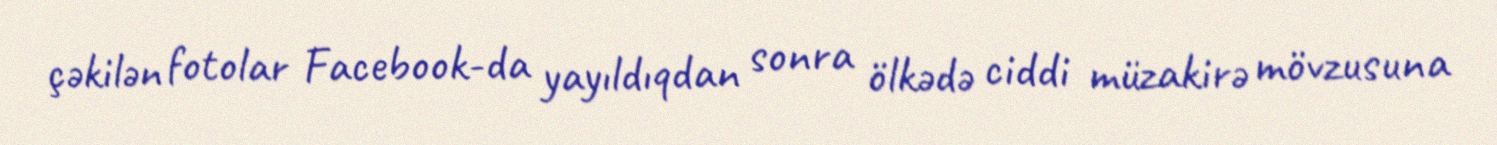
çəkilən fotolar Facebook-da yayıldıqdan sonra ölkədə ciddi müzakirə mövzusuna